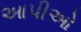
આપીઓ